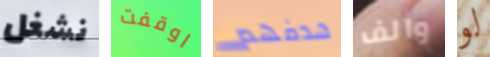
نشغل اوقفت هدفهم والف لو